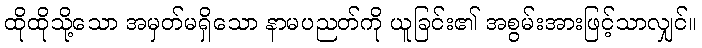
ထိုထိုသို့သော အမှတ်မရှိသော နာမပညတ်ကို ယူခြင်း၏ အစွမ်းအားဖြင့်သာလျှင်။